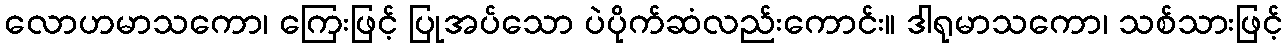
လောဟမာသကော၊ ကြေးဖြင့် ပြုအပ်သော ပဲပိုက်ဆံလည်းကောင်း။ ဒါရုမာသကော၊ သစ်သားဖြင့်